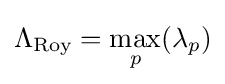
\Lambda _{\text{Roy}}=\max _{p}(\lambda _{p})